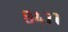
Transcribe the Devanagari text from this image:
८४७७